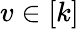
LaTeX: v\in[k]